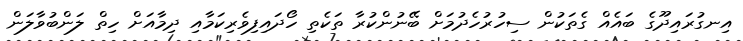
އިނގުރައިދޫގެ ބައެއް ގެތަކުން ސިހުރުހެދުމަށް ބޭނުންކުރާ ތަކެތި ހޯދައިފިވެރިކަމާއި ދިމާއަށް ހިތް ލަންބުވާލަން